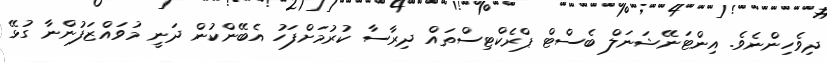
ދިވެހިންނެވެ. އިންޓަނޭޝަނަލް ބެސްޓް ޕްރެކްޓިސްތައް ދިރާސާ ކުރުމަށްފަހު އެބޭންކުން ދަނީ މުވައްޒަފުންނާ ގުޅޭ